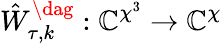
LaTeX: \hat{W}_{\tau,k}^{\dag}:\mathbb{C}^{\chi^{3}}\to\mathbb{C}^{\chi}